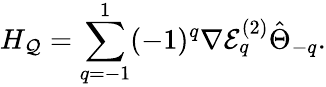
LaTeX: H_{\mathcal{Q}}=\sum_{q=-1}^{1}(-1)^{q}\nabla\mathcal{E}_{q}^{(2)}\hat{\Theta}_{-q}.